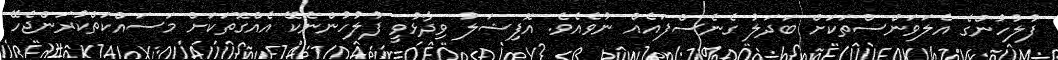
ފުލުހުންގެ އެލަވަންސްތަކަށް ބަދަލު ގެނެސްފައެއް ނުވެއެވެ. އޮފިޝަލު ވިދާޅުވީ ފުލުހުންނެކޭ އެއްގޮތަކަށް މަސައްކަތްކުރަންޖެހޭ